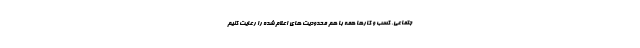
جتماعی، کسب و کارها همه با هم محدودیت های اعلام شده را رعایت کنیم